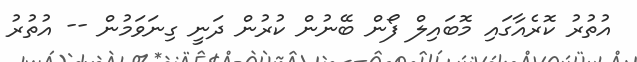
އުތުރު ކޮރެއާގައި މޮބައިލް ފޯން ބޭނުން ކުރުން ދަނީ ގިނަވަމުން -- އުތުރު